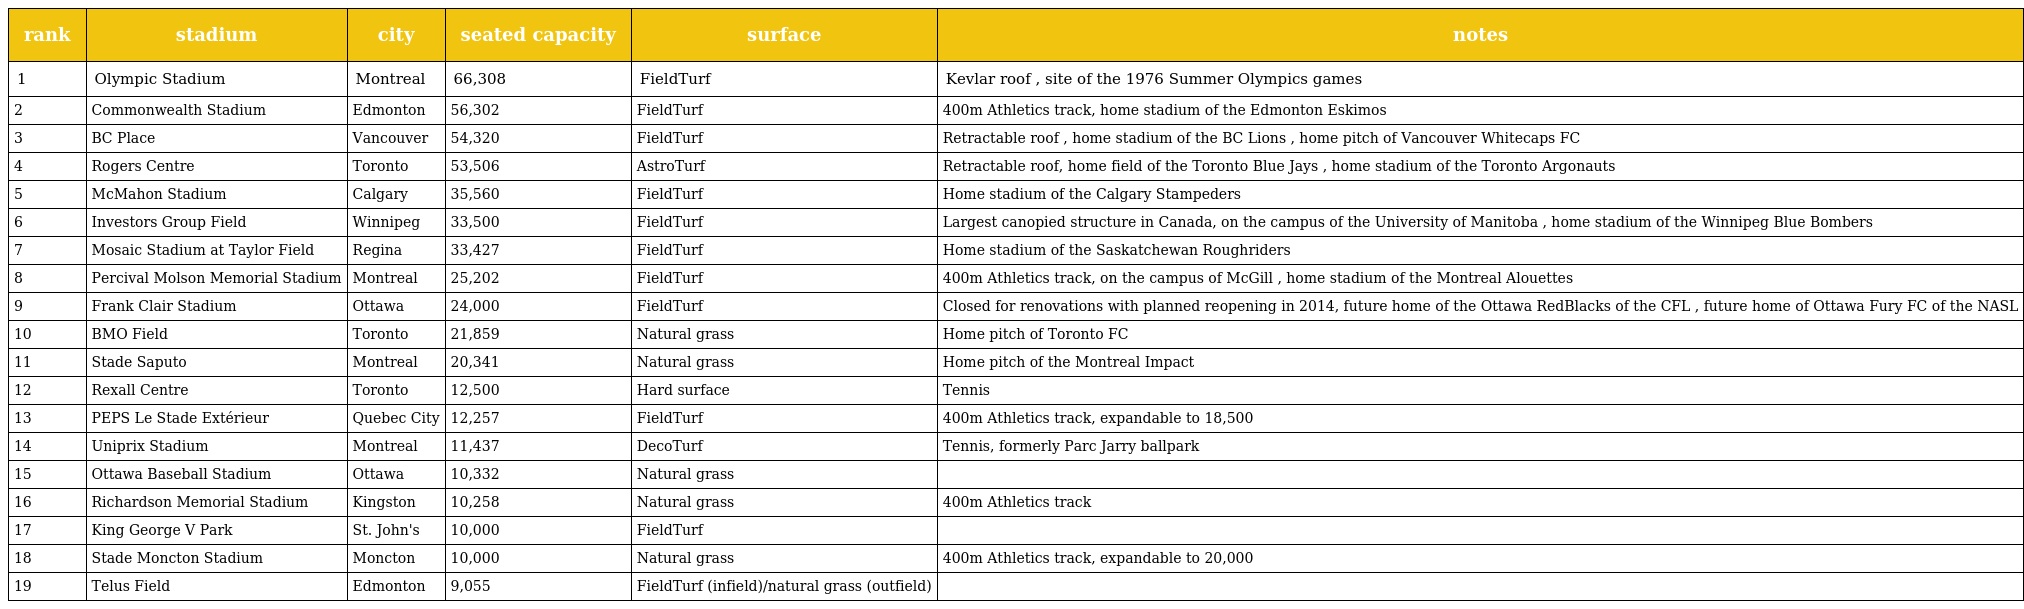
| rank | stadium | city | seated capacity | surface | notes |
 | --- | --- | --- | --- | --- | --- |
 | 1 | Olympic Stadium | Montreal | 66,308 | FieldTurf | Kevlar roof , site of the 1976 Summer Olympics games |
 | 2 | Commonwealth Stadium | Edmonton | 56,302 | FieldTurf | 400m Athletics track, home stadium of the Edmonton Eskimos |
 | 3 | BC Place | Vancouver | 54,320 | FieldTurf | Retractable roof , home stadium of the BC Lions , home pitch of Vancouver Whitecaps FC |
 | 4 | Rogers Centre | Toronto | 53,506 | AstroTurf | Retractable roof, home field of the Toronto Blue Jays , home stadium of the Toronto Argonauts |
 | 5 | McMahon Stadium | Calgary | 35,560 | FieldTurf | Home stadium of the Calgary Stampeders |
 | 6 | Investors Group Field | Winnipeg | 33,500 | FieldTurf | Largest canopied structure in Canada, on the campus of the University of Manitoba , home stadium of the Winnipeg Blue Bombers |
 | 7 | Mosaic Stadium at Taylor Field | Regina | 33,427 | FieldTurf | Home stadium of the Saskatchewan Roughriders |
 | 8 | Percival Molson Memorial Stadium | Montreal | 25,202 | FieldTurf | 400m Athletics track, on the campus of McGill , home stadium of the Montreal Alouettes |
 | 9 | Frank Clair Stadium | Ottawa | 24,000 | FieldTurf | Closed for renovations with planned reopening in 2014, future home of the Ottawa RedBlacks of the CFL , future home of Ottawa Fury FC of the NASL |
 | 10 | BMO Field | Toronto | 21,859 | Natural grass | Home pitch of Toronto FC |
 | 11 | Stade Saputo | Montreal | 20,341 | Natural grass | Home pitch of the Montreal Impact |
 | 12 | Rexall Centre | Toronto | 12,500 | Hard surface | Tennis |
 | 13 | PEPS Le Stade Extérieur | Quebec City | 12,257 | FieldTurf | 400m Athletics track, expandable to 18,500 |
 | 14 | Uniprix Stadium | Montreal | 11,437 | DecoTurf | Tennis, formerly Parc Jarry ballpark |
 | 15 | Ottawa Baseball Stadium | Ottawa | 10,332 | Natural grass |  |
 | 16 | Richardson Memorial Stadium | Kingston | 10,258 | Natural grass | 400m Athletics track |
 | 17 | King George V Park | St. John's | 10,000 | FieldTurf |  |
 | 18 | Stade Moncton Stadium | Moncton | 10,000 | Natural grass | 400m Athletics track, expandable to 20,000 |
 | 19 | Telus Field | Edmonton | 9,055 | FieldTurf (infield)/natural grass (outfield) |  |